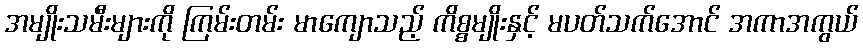
အမျိုးသမီးများကို ကြမ်းတမ်း မာကျောသည့် ကိစ္စမျိုးနှင့် မပတ်သက်အောင် အကာအကွယ်